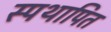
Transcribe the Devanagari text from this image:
स्पथापित